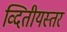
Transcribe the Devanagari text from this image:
व्दितीयस्तर